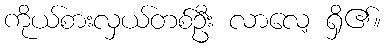
ကိုယ်စားလှယ်တစ်ဦး လာလေ့ ရှိ၏။